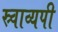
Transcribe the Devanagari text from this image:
स्र्वाव्यपी